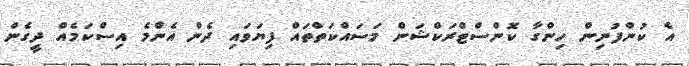
އެ ކުންފުނިން ހިންގާ ކޮންސްޓްރަކްޝަން މަސައްކަތްތައް ފިޔަވައި ދެން އެންމެ އިސްކަމެއް ދީގެން